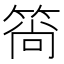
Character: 𬕒